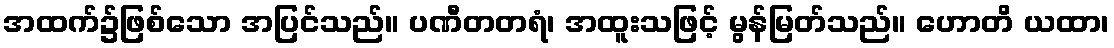
အထက်၌ဖြစ်သော အပြင်သည်။ ပဏီတတရံ၊ အထူးသဖြင့် မွန်မြတ်သည်။ ဟောတိ ယထာ၊